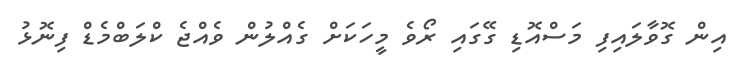
އިން ގޮވާލައިފި މަސްއޮޑި ގޭގައި ރޯވެ މީހަކަށް ގެއްލުން ވެއްޖެ ކްލަބްމެޑް ފިނޮޅު